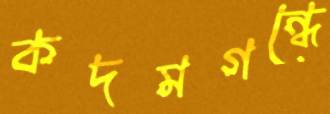
কদমগন্ধে